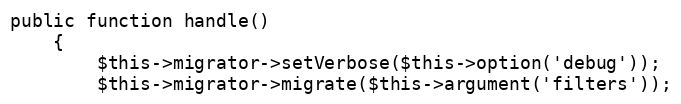
Language: PHP
public function handle()
    {
        $this->migrator->setVerbose($this->option('debug'));
        $this->migrator->migrate($this->argument('filters'));